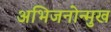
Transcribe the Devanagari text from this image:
अभिजनोन्मुख